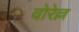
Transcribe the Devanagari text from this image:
वोरेल्ल